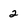
Character: 2